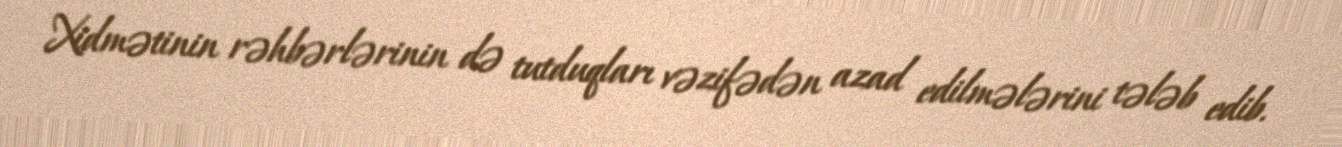
Xidmətinin rəhbərlərinin də tutduqları vəzifədən azad edilmələrini tələb edib.